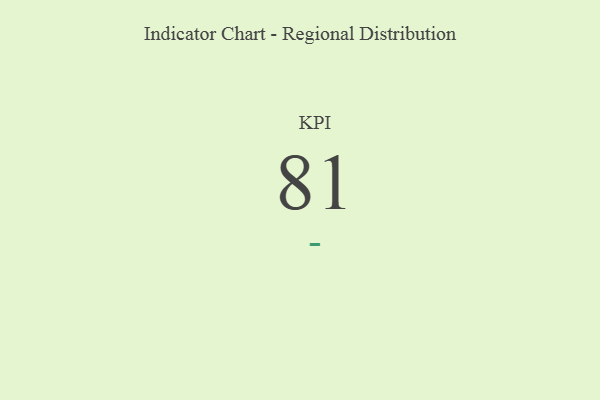
{"axis": {"x": "KPI", "y": "Value"}, "legend": [""], "data": [{"x": "KPI", "y": 81, "type": ""}]}